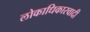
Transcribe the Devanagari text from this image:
लोकाधिकारवादी